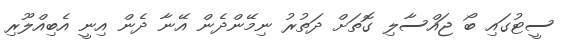
ސީޓުގައި ބޯ ޖައްސާލި ގޮތަށް ދަތުރު ނިމޭންދެން އޭނާ ދެން އިނީ އެބިއްލޫރި